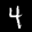
Digit: 4